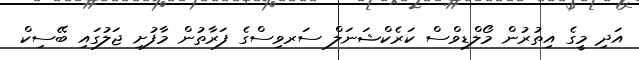
އަދި މީގެ އިތުރުން މޯލްޑިވްސް ކަރެކްޝަނަލް ސަރވިސްގެ ފަރާތުން މާފުށި ޖަލުގައި ބޭސިކް